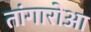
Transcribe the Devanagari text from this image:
तांगारोआ